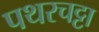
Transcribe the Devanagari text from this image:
पथरचट्टा